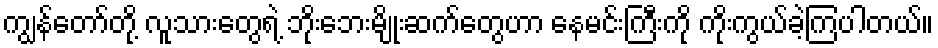
ကျွန်တော်တို့ လူသားတွေရဲ့ ဘိုးဘေးမျိုးဆက်တွေဟာ နေမင်းကြီးကို ကိုးကွယ်ခဲ့ကြပါတယ်။